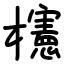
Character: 櫶